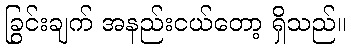
ခြွင်းချက် အနည်းငယ်တော့ ရှိသည်။